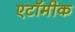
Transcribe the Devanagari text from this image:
एटॉमीक